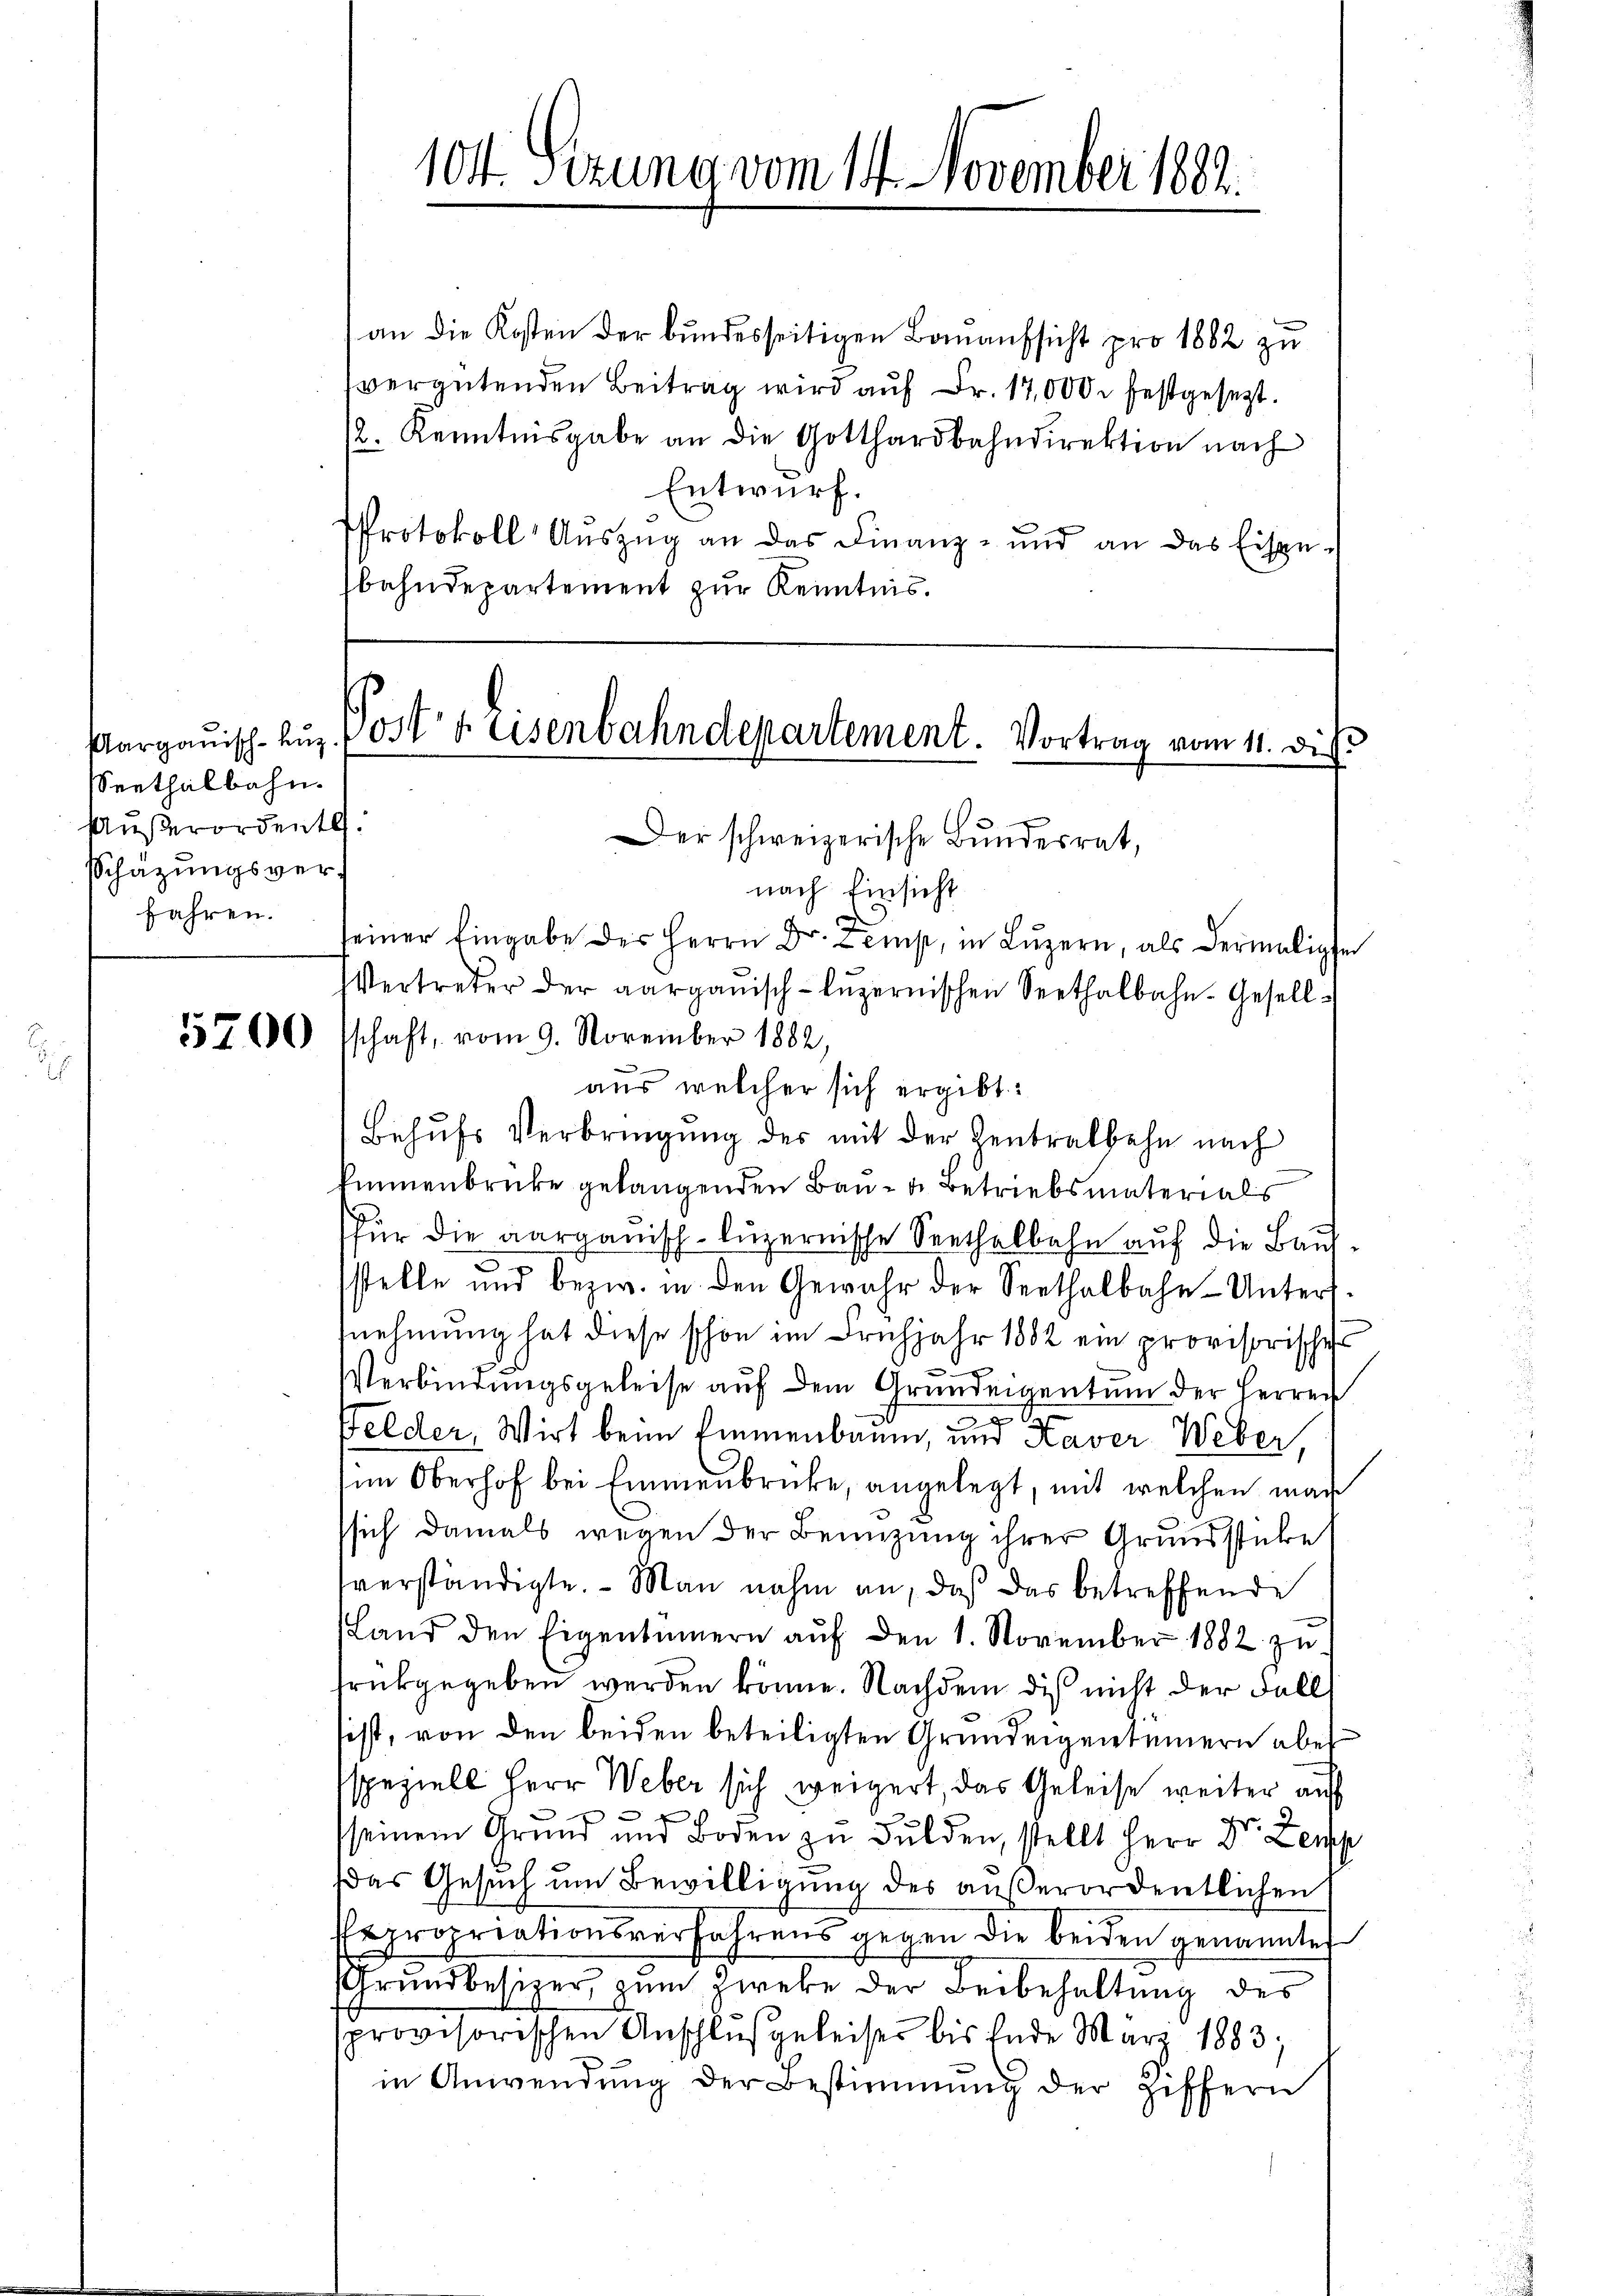
sSeethalbahn.
Außerordentl.
Schazungsverfahren.

5700

101. Sizung vom 14. November 1882.

an die Kosten der bundesseitigen Bauaufsicht pro 1882 zu
vergütenden Beitrag wird auf Fr. 17,000. festgesetzt.
12. Kenntnisgabe an die Gotthardbahndirektion nach
Entwurf.
Protokoll Aŭszŭg an das Finanz- und an das Eispe-
bahndepartement zur Kenntnis.

Aargauisch-Aug. Posts Eisenbahndepartement. Vortrag vom 11. Die
Der schweizerische Bundesrat,

nach Einsicht
seiner Eingabe des Herrn Dr. Lemp, in Lŭzern, als dermaliger
Vertreter der aargauisch-lŭzernischen Seethalbahn-Gesellschaft, vom 9. November 1882,
aus welcher sich ergibt:
Behŭfs Verbringŭng des mit der Zentralbahn nach
kinnenbrücke gelangenden Bau- u. Betriebsmaterials
(für die aargauisch-luzernische Seethalbahn auf die Baustelle und bezw. in den Gewahr der Seethalbahn-Unters.
nehmung hat diese schon im Frühjahr 1882 ein provisorische
r
Verbindungsgeleise auf dem Grundeigentum der Herren
Felder, Wirt beim Emmenbaum, und Kaver Weber,
im Oberhof bei Emmenbrücke, angelegt, mit welchen mar
ssich damals wegen der Benuzung ihrer Grundstüke
verständigte. Man nahm an, daß das betreffende
Land den Eigentümern aŭf den 1. November 1882 zu-
frükgegeben werden könne. Nachdem die nicht der Fall
sist, von den beiden beteiligten Grundeigentümern aber
sspeziell Herr Weber sich weigert, das Geleise weiter auf
seinem Grund und Boden zu Gulden, stellt Herr Dr. Leip
das Gesuch um Bewilligung des außerordentlichen
epropriationsverfahrens gegen die beiden genannter
Grundbesizer zum Zweke der Beibehaltung des
sprovisorischen Anschlußgeleises bis Ende März 1883;
in Anwendŭng der Bestimmung der Ziffern